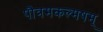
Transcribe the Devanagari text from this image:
पौत्रमकल्मषम्